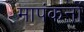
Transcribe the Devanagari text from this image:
मापंकनों